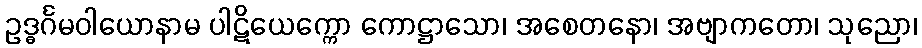
ဥဒ္ဓင်္ဂမဝါယောနာမ ပါဋိယေက္ကော ကောဋ္ဌာသော၊ အစေတနော၊ အဗျာကတော၊ သုညော၊